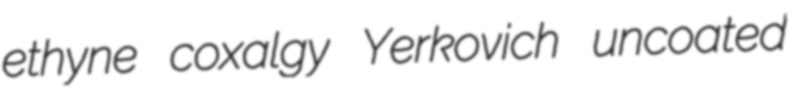
ethyne coxalgy Yerkovich uncoated